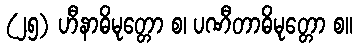
(၂၅) ဟီနာဓိမုတ္တော စ၊ ပဏီတာဓိမုတ္တော စ။